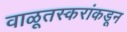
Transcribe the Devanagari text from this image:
वाळूतस्करांकडून